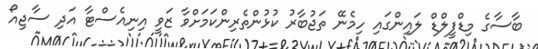
ބާސާގެ މިޑްފީލްޑް ލައިންގައި ހިމެނޭ ތަޖުބާރު ކުޅުންތެރިންކަމަށްވާ ޒަވީ އިނިއެސްޓާ އަދި ސާޖިއޯ